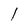
Character: l